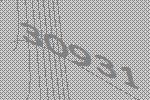
30931